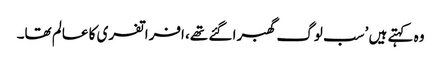
وہ کہتے ہیں ’سب لوگ گھبرا گئے تھے، افراتفری کا عالم تھا۔